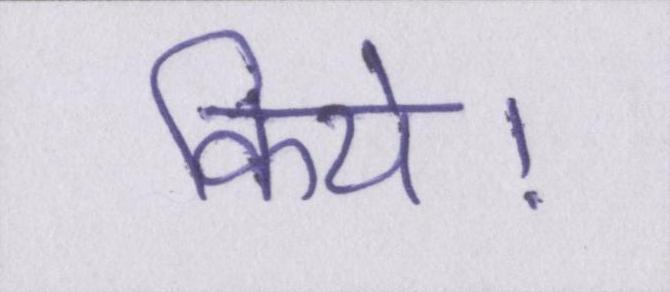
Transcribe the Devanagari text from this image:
किये।